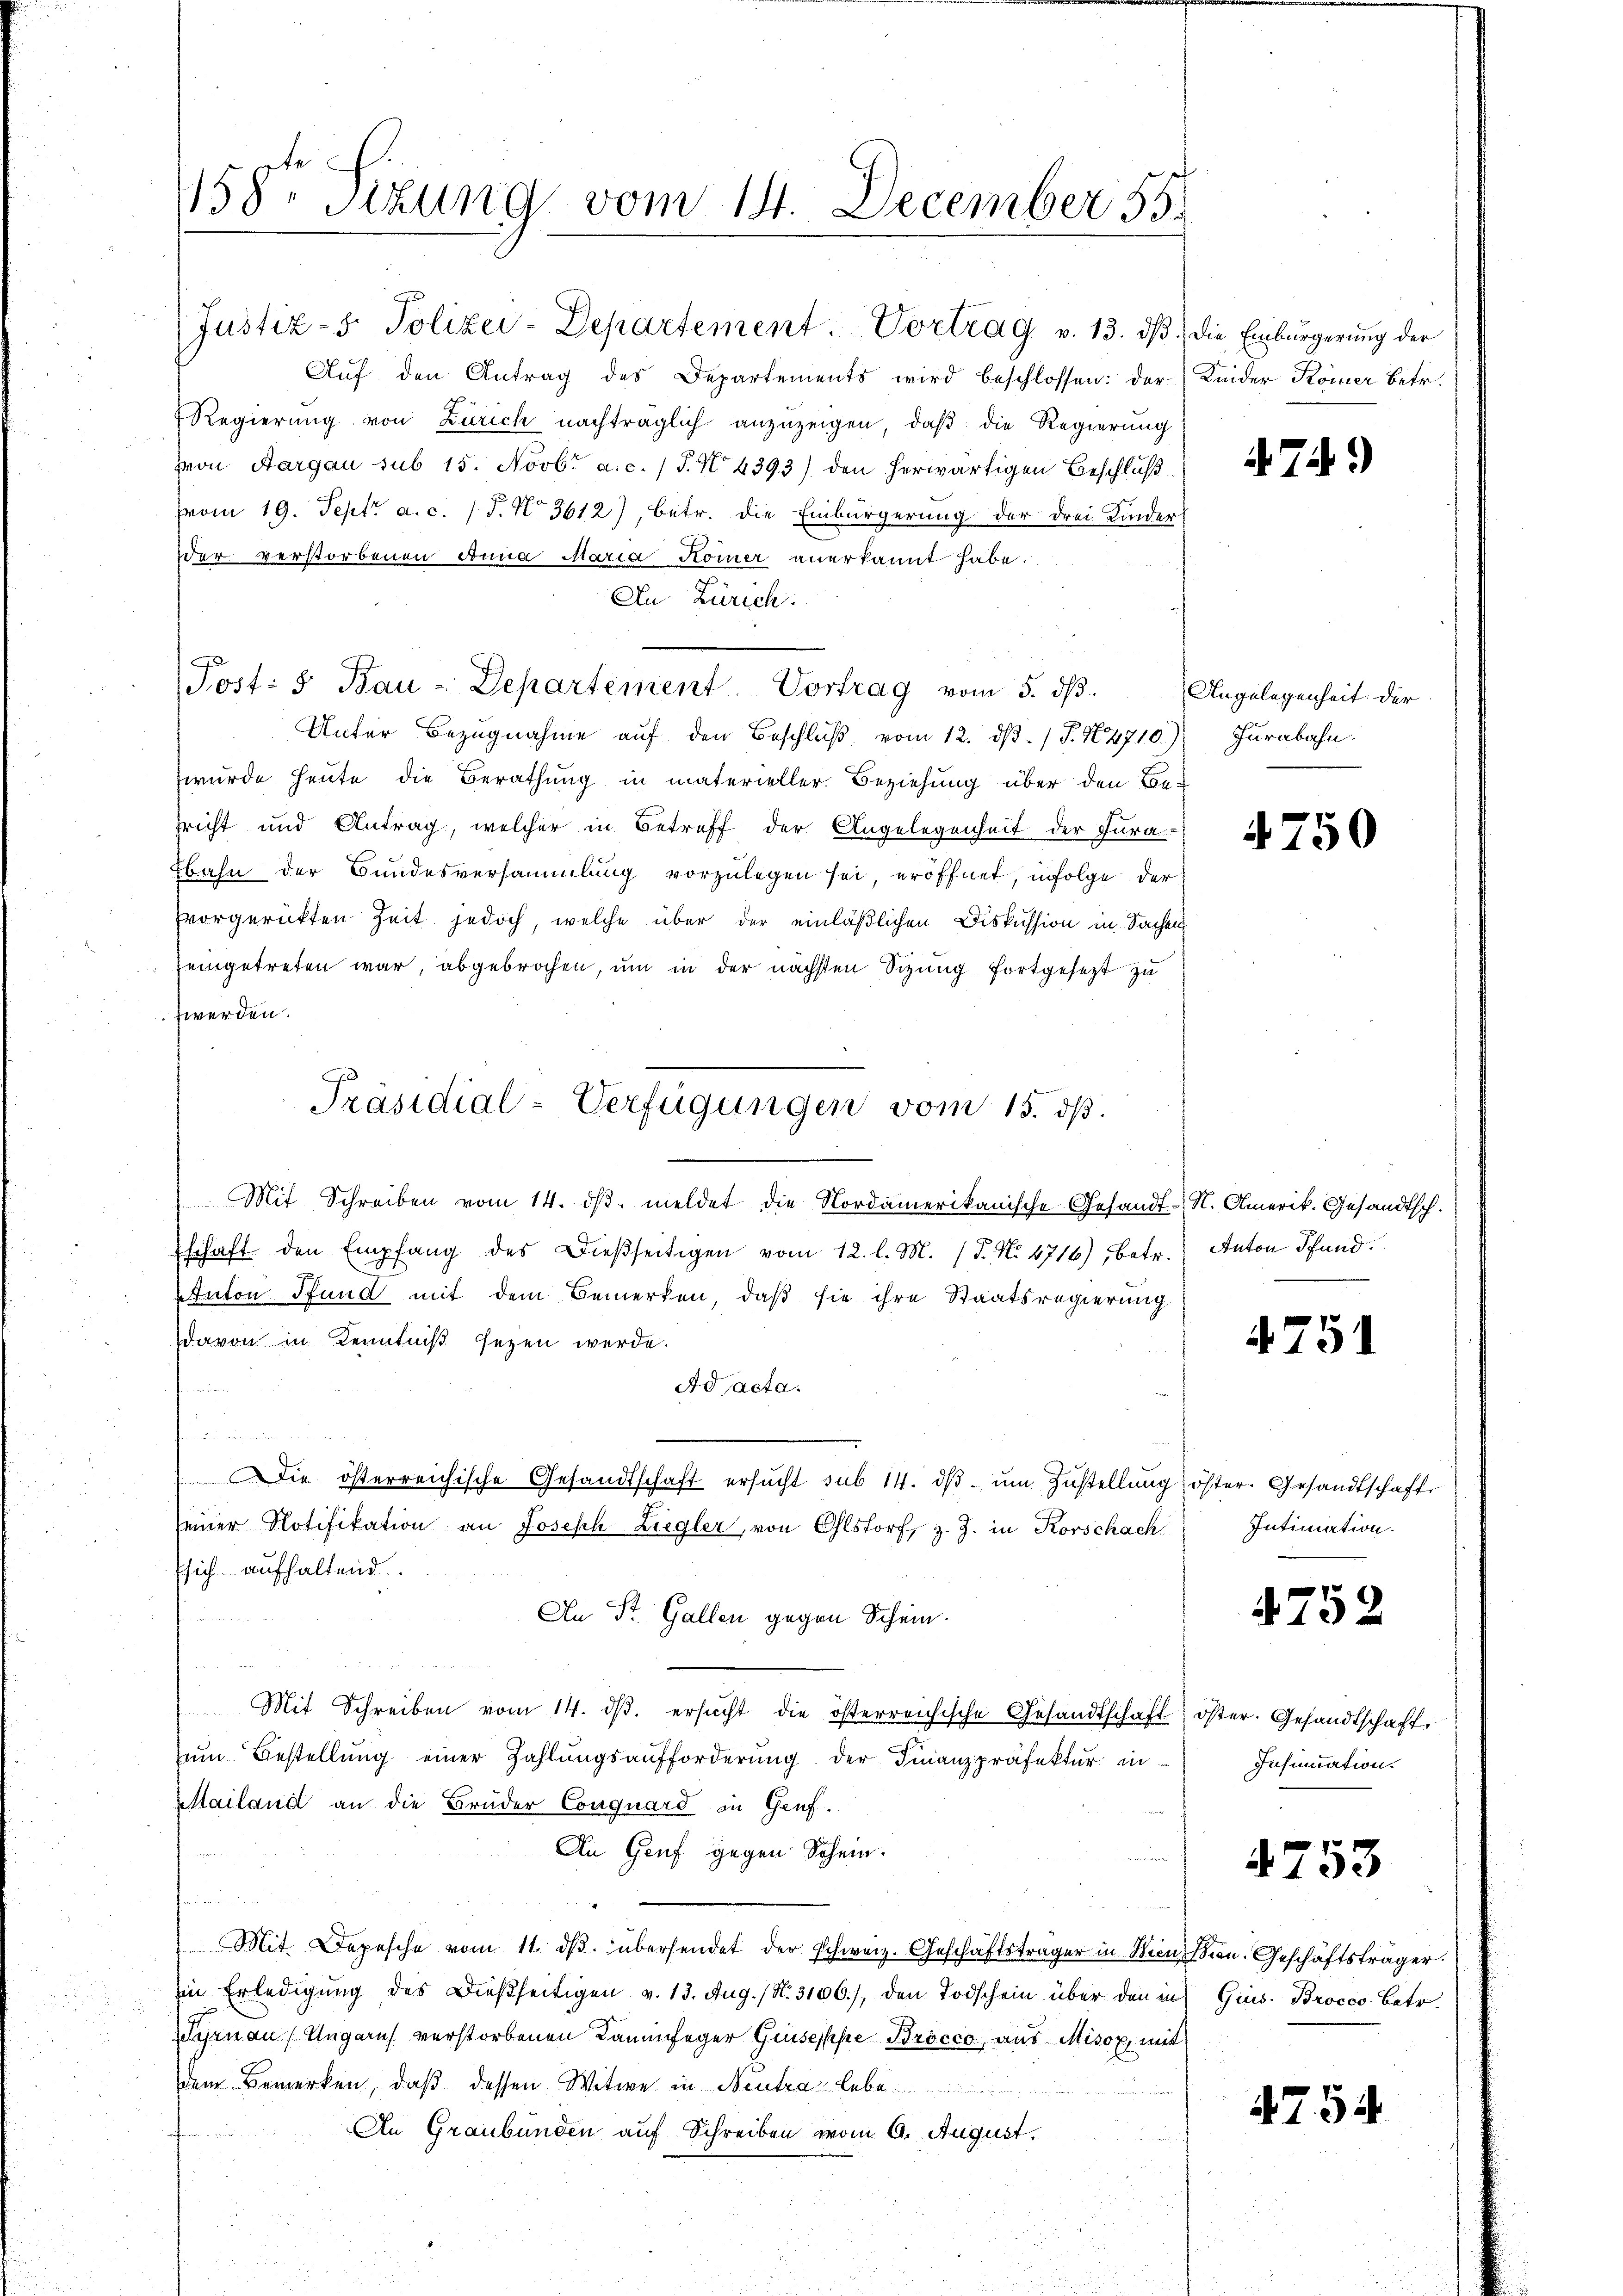
158. Sitzung vom 14. December 55.

Post: 5. Bau-Departement. Vortrag vom 5. dβ.

Justiz- & Polizei-Departement. Vortrag v. 13. dβ.
Aŭf den Antrag des Departements wird beschlossen: der
Regierung von Zürich nachträglich anzuzeigen, daß die Regierung
von Aargau sub 15. Novbr a.c. (T. N. 4393) den herwärtigen Beschluß
vom 19. Sept. a. c. 15. No 3612), betr. die Einbürgerung der drei Kinder
der verstorbenen Anna Maria Horner anerkannt habe.
An Zürich.
Unter Bezugnahme auf den Beschluß vom 12. dβ. / P. N4710.) Jurabahn.
wurde heute die Berathung in materieller Beziehung über den Bezricht und Antrag, welcher in Betreff der Angelegenheit der Jura-
bahn der Bundesversammlung vorzulegen sei eröffnet, infolge der
vorgerückten Zeit jedoch, welche über der einläßlichen Diskussion in Sachen
eingetreten war, abgebrochen, um in der nächsten Sizung fortgesetzt zu
werden.
Mit Schreiben vom 14. dβ meldet die Nordamerikanische Gesandt-, N. Omerik. Gesandtsch.
Eschaft den Empfang des Dießseitigen vom 12. l. M. (T. N. 4716), betr. Anton Pfand.
Anton Pfund mit dem Bemerken, daß sie ihre Staatsregierung
davon in Kenntniß sezen werde.
Ad acta.
 Blatte erst
und
Die österreichische Gesandtschaft ersucht sub 14. dβ. um Zustellung
seiner Notifikation an Joseph-Ziegler, von Olstorf, z. Z. in Korschach
sich aufhaltend.
An St. Gallen gegen Schein.
Mit Schreiben vom 14. dβ. ersucht die österreichische Gesandtschaft
um Bestellung einer Zahlungsaufforderung der Finanzpräfektur in
Mailand an die Brüder Conquard in Genf.
An Genf gegen Schein.
Mit Depesche vom 11. dβ übersendet der Schweiz. Geschäftsträger in Wien
in Erledigung des Dießseitigen v. 13. Aug. / N. 3106.), den Todschein über den in
Sirnauf Ungaris verstorbenen Kaminfeger Gruseppe Bröcco aus Misox mit
dem Bemerken, daß dessen Witwe in Neutra lebe
An Graubünden auf Schreiben vom 6. August.

Präsidial-Verfügungen vom 15. ds.

Die Einbürgerung der
Kinder Römer betr.

.74)

Angelegenheit der

4750

4751

öster. Gesandtschaft
Intimation.

4752

öster. Gesandtschaft,
Insinuation.

4753

Bien-Geschäftsträger.
Gius. Brocco Betr.

4754